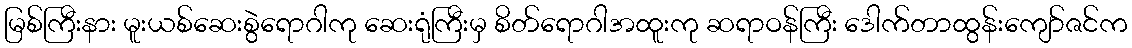
မြစ်ကြီးနား မူးယစ်ဆေးစွဲရောဂါကု ဆေးရုံကြီးမှ စိတ်ရောဂါအထူးကု ဆရာဝန်ကြီး ဒေါက်တာထွန်းကျော်ဇင်က